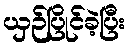
ယှဉ်ပြိုင်ခဲ့ပြီး